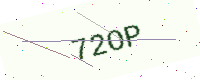
Text: 72OP